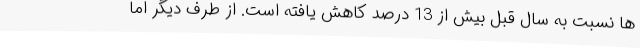
ها نسبت به سال قبل بیش از 13 درصد کاهش یافته است. از طرف دیگر اما